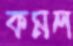
কমল